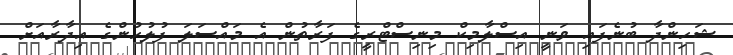
ޝަހިންދާ ބުނެފައި ވަނީ އިސްލާމިކް މިނިސްޓްރީގެ ފަރާތުން އެ މައްސަލަ ފުލުހުންގެ އިދާރާއަށް